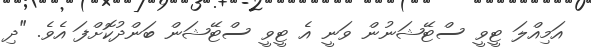
އަމިއްލަ ޓީވީ ސްޓޭޝަނުން ވަނީ އެ ޓީވީ ސްޓޭޝަން ބަންދުކޮށްފަ އެވެ. "ދި